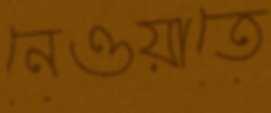
নেওয়াতে